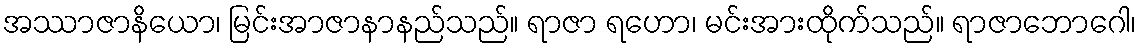
အဿာဇာနိယော၊ မြင်းအာဇာနာနည်သည်။ ရာဇာ ရဟော၊ မင်းအားထိုက်သည်။ ရာဇာဘောဂေါ၊